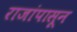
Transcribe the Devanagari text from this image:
राजांपासून